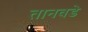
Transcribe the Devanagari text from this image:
तानवडे